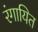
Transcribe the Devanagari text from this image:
रंगायित